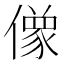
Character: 𰂸